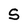
Character: S